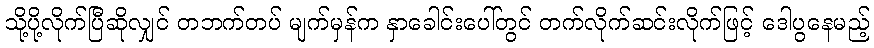
သို့ပို့လိုက်ပြီဆိုလျှင် တဘက်တပ် မျက်မှန်က နှာခေါင်းပေါ်တွင် တက်လိုက်ဆင်းလိုက်ဖြင့် ဒေါပွနေမည့်